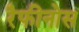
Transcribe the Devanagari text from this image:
रैफीनोस